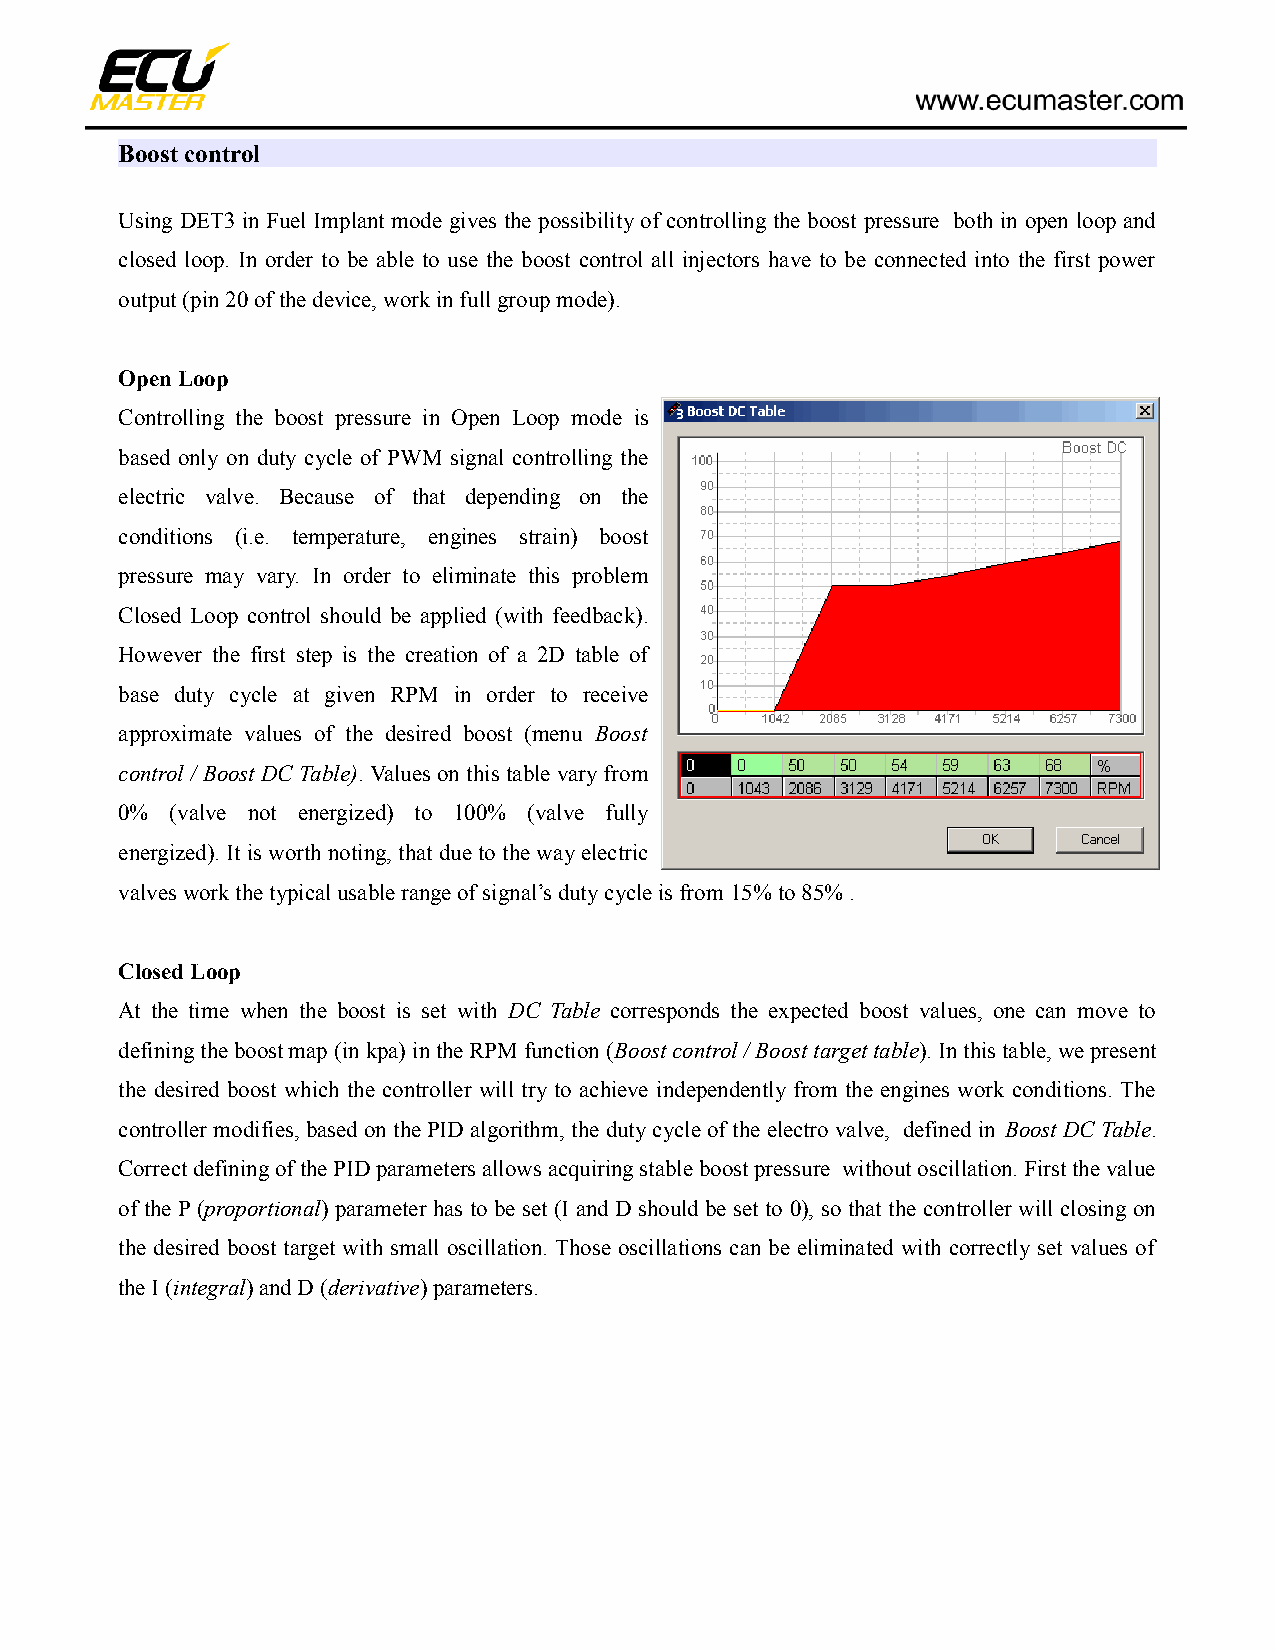
Boost control
 Using DET3 in Fuel Implant mode gives the possibility of controlling the boost pressure both in open loop and
 closed loop. In order to be able to use the boost control all injectors have to be connected into the first power
 output (pin 20 of the device, work in full group mode).
 Open Loop
 Controlling the boost pressure in Open Loop mode is
 based only on duty cycle of PWM signal controlling the
 electric valve. Because of that depending on the
 conditions (i.e. temperature, engines strain) boost
 pressure may vary. In order to eliminate this problem
 Closed Loop control should be applied (with feedback).
 However the first step is the creation of a 2D table of
 base duty cycle at given RPM in order to receive
 approximate values of the desired boost (menu Boost
 control / Boost DC Table). Values on this table vary from
 0% (valve not energized) to 100% (valve fully
 energized). It is worth noting, that due to the way electric
 valves work the typical usable range of signal’s duty cycle is from 15% to 85% .
 Closed Loop
 At the time when the boost is set with DC Table corresponds the expected boost values, one can move to
 defining the boost map (in kpa) in the RPM function (Boost control / Boost target table). In this table, we present
 the desired boost which the controller will try to achieve independently from the engines work conditions. The
 controller modifies, based on the PID algorithm, the duty cycle of the electro valve, defined in Boost DC Table.
 Correct defining of the PID parameters allows acquiring stable boost pressure without oscillation. First the value
 of the P (proportional) parameter has to be set (I and D should be set to 0), so that the controller will closing on
 the desired boost target with small oscillation. Those oscillations can be eliminated with correctly set values of
 the I (integral) and D (derivative) parameters.